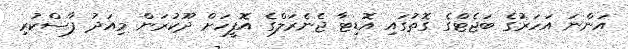
އަންނަ އަހަރުގެ ބަޖެޓްގެ ގޮތުގައި އޮޑިޓާ ޖެނެރަލްގެ އޮފީހަށް ދޫކުރަން މިއަދު ފާސްކުރި